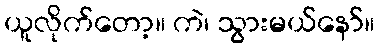
ယူလိုက်တော့။ ကဲ၊ သွားမယ်နော်။